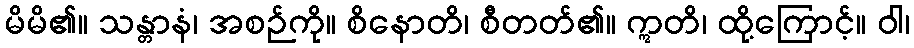
မိမိ၏။ သန္တာနံ၊ အစဉ်ကို။ စိနောတိ၊ စီတတ်၏။ ဣတိ၊ ထို့ကြောင့်။ ဝါ၊